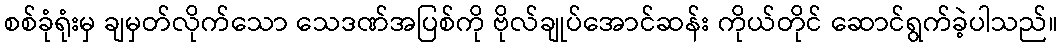
စစ်ခုံရုံးမှ ချမှတ်လိုက်သော သေဒဏ်အပြစ်ကို ဗိုလ်ချုပ်အောင်ဆန်း ကိုယ်တိုင် ဆောင်ရွက်ခဲ့ပါသည်။